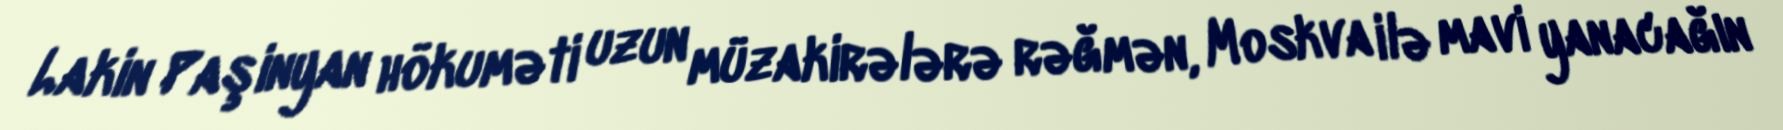
Lakin Paşinyan hökuməti uzun müzakirələrə rəğmən, Moskva ilə mavi yanacağın